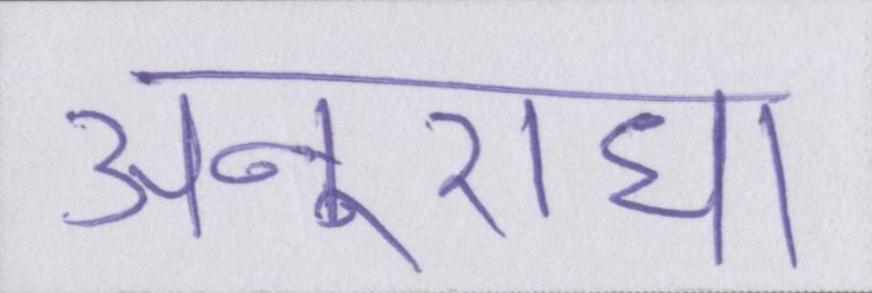
अनुराधा